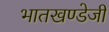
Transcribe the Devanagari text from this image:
भातखण्डेजी